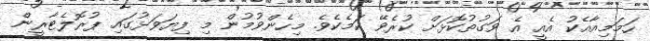
ހަމަމިއާއެކު އެއީ އެ ވަގުތުކޮޅަށް ކުރެވޭ ކަމެކެވެ. މިހެންވުމުން މި ފިޔަވަޅުގައި ޕުރޮލެޓާރީން